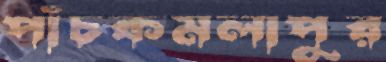
পাঁচকমলাপুর